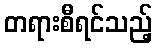
တရားစီရင်သည့်